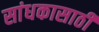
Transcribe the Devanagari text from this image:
सांधकासाठी